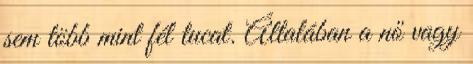
sem több mint fél tucat. Általában a nő vagy